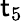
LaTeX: \mathsf{t}_{5}